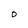
Character: 0